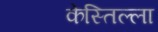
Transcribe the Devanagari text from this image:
केस्तिल्ला